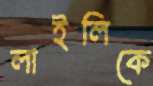
লাইলিকে